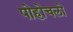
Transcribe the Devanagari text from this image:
पोहोचलो